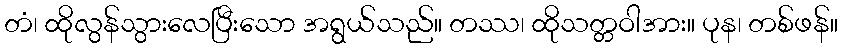
တံ၊ ထိုလွန်သွားလေပြီးသော အရွယ်သည်။ တဿ၊ ထိုသတ္တဝါအား။ ပုန၊ တစ်ဖန်။